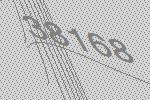
38168